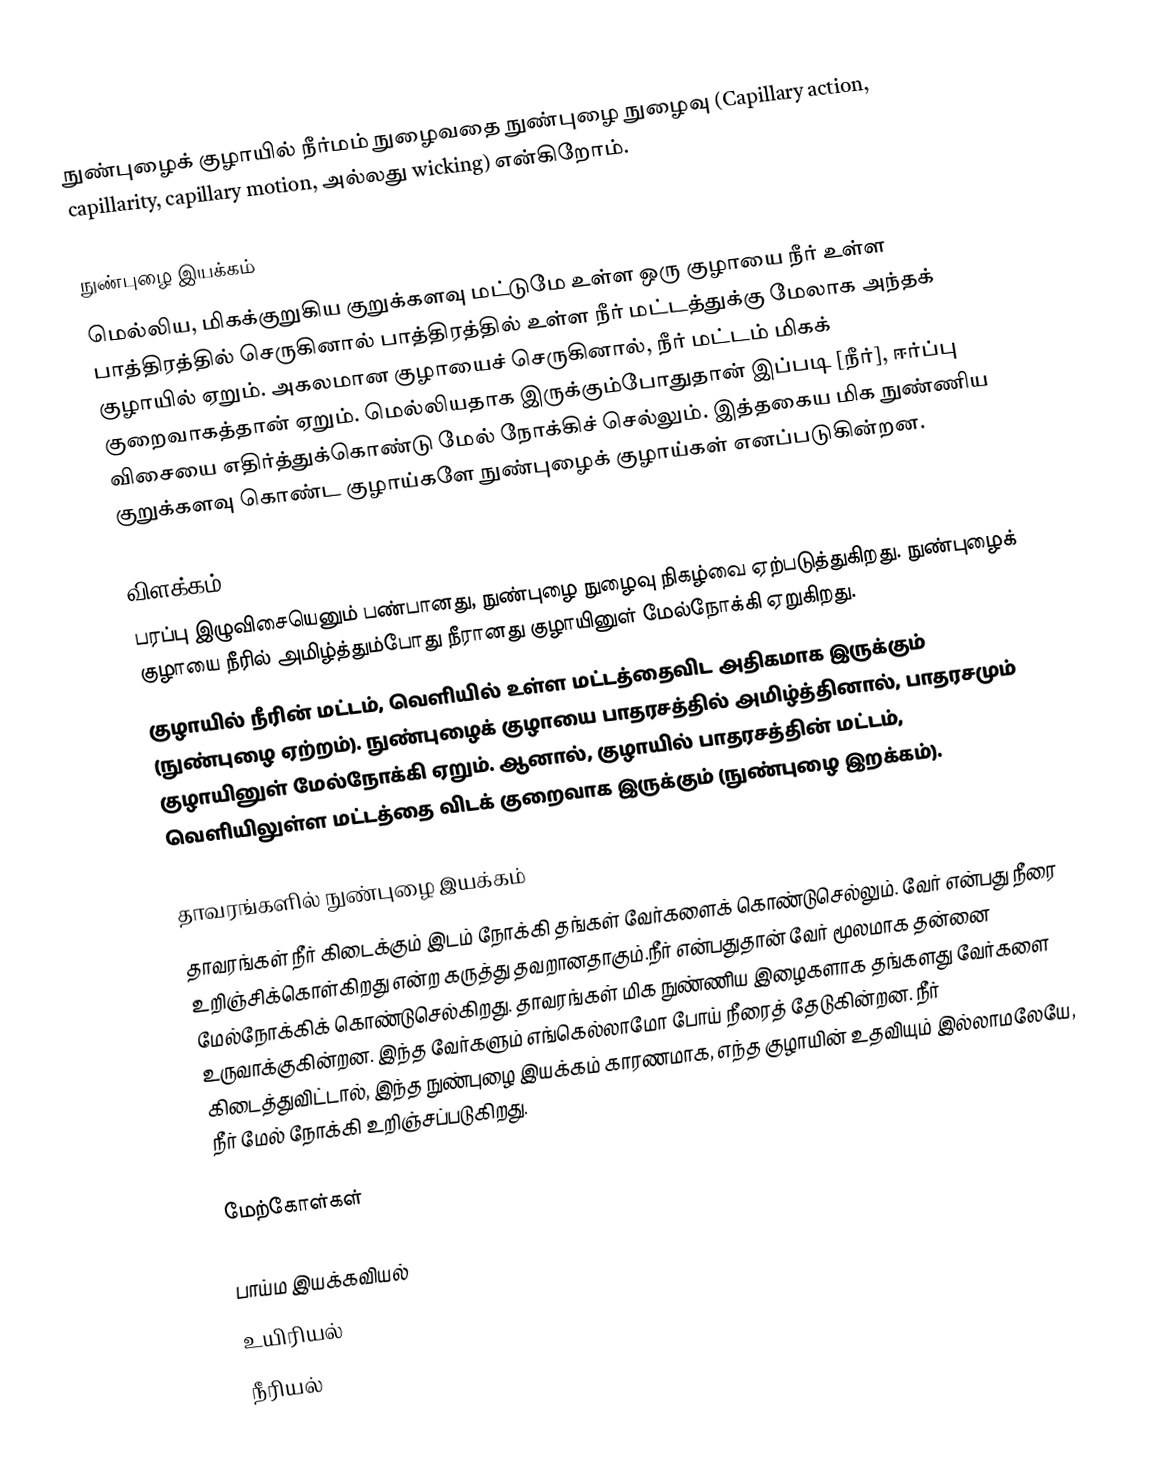
நுண்புழைக் குழாயில் நீர்மம் நுழைவதை நுண்புழை நுழைவு (Capillary action, capillarity, capillary motion, அல்லது wicking) என்கிறோம்.

நுண்புழை இயக்கம்
மெல்லிய, மிகக்குறுகிய குறுக்களவு மட்டுமே உள்ள ஒரு குழாயை நீர் உள்ள பாத்திரத்தில்  செருகினால் பாத்திரத்தில் உள்ள நீர் மட்டத்துக்கு மேலாக அந்தக் குழாயில் ஏறும். அகலமான குழாயைச் செருகினால், நீர் மட்டம் மிகக் குறைவாகத்தான் ஏறும். மெல்லியதாக இருக்கும்போதுதான் இப்படி [நீர்], ஈர்ப்பு விசையை எதிர்த்துக்கொண்டு மேல் நோக்கிச் செல்லும். இத்தகைய மிக நுண்ணிய குறுக்களவு கொண்ட குழாய்களே நுண்புழைக் குழாய்கள் எனப்படுகின்றன.

விளக்கம்
பரப்பு இழுவிசையெனும் பண்பானது, நுண்புழை நுழைவு நிகழ்வை ஏற்படுத்துகிறது. நுண்புழைக் குழாயை நீரில் அமிழ்த்தும்போது நீரானது குழாயினுள் மேல்நோக்கி ஏறுகிறது.
குழாயில் நீரின் மட்டம், வெளியில் உள்ள மட்டத்தைவிட அதிகமாக இருக்கும் (நுண்புழை ஏற்றம்). நுண்புழைக் குழாயை பாதரசத்தில் அமிழ்த்தினால், பாதரசமும் குழாயினுள் மேல்நோக்கி ஏறும். ஆனால், குழாயில் பாதரசத்தின் மட்டம், வெளியிலுள்ள மட்டத்தை விடக் குறைவாக இருக்கும் (நுண்புழை இறக்கம்).

தாவரங்களில் நுண்புழை இயக்கம்
தாவரங்கள் நீர் கிடைக்கும் இடம் நோக்கி தங்கள் வேர்களைக் கொண்டுசெல்லும். வேர் என்பது நீரை உறிஞ்சிக்கொள்கிறது என்ற கருத்து தவறானதாகும்.நீர் என்பதுதான் வேர் மூலமாக தன்னை மேல்நோக்கிக் கொண்டுசெல்கிறது. தாவரங்கள் மிக நுண்ணிய இழைகளாக தங்களது வேர்களை உருவாக்குகின்றன. இந்த வேர்களும் எங்கெல்லாமோ போய் நீரைத் தேடுகின்றன. நீர் கிடைத்துவிட்டால், இந்த நுண்புழை இயக்கம் காரணமாக, எந்த குழாயின் உதவியும் இல்லாமலேயே, நீர் மேல் நோக்கி உறிஞ்சப்படுகிறது.

மேற்கோள்கள்

பாய்ம இயக்கவியல்
உயிரியல்
நீரியல்